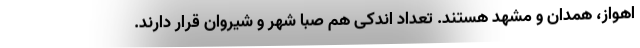
اهواز، همدان و مشهد هستند. تعداد اندکی هم صبا شهر و شیروان قرار دارند.